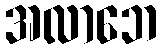
အလာဘေ